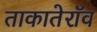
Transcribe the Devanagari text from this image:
ताकातेराॅव